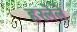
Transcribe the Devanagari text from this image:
हरलेले